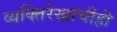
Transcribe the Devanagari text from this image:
व्यक्तिरेखांचीही